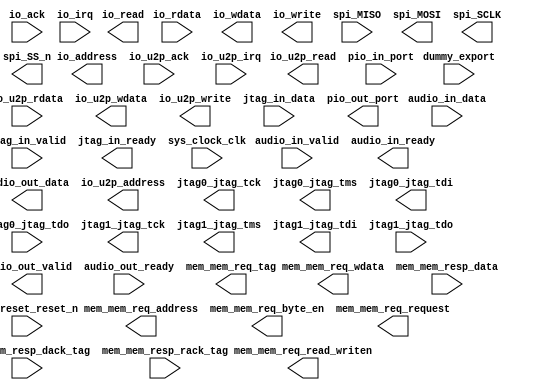
module nios_tester (
	audio_in_data,
	audio_in_valid,
	audio_in_ready,
	audio_out_data,
	audio_out_valid,
	audio_out_ready,
	dummy_export,
	io_ack,
	io_rdata,
	io_read,
	io_wdata,
	io_write,
	io_address,
	io_irq,
	io_u2p_ack,
	io_u2p_rdata,
	io_u2p_read,
	io_u2p_wdata,
	io_u2p_write,
	io_u2p_address,
	io_u2p_irq,
	jtag0_jtag_tck,
	jtag0_jtag_tms,
	jtag0_jtag_tdi,
	jtag0_jtag_tdo,
	jtag1_jtag_tck,
	jtag1_jtag_tms,
	jtag1_jtag_tdi,
	jtag1_jtag_tdo,
	jtag_in_data,
	jtag_in_valid,
	jtag_in_ready,
	mem_mem_req_address,
	mem_mem_req_byte_en,
	mem_mem_req_read_writen,
	mem_mem_req_request,
	mem_mem_req_tag,
	mem_mem_req_wdata,
	mem_mem_resp_dack_tag,
	mem_mem_resp_data,
	mem_mem_resp_rack_tag,
	pio_in_port,
	pio_out_port,
	spi_MISO,
	spi_MOSI,
	spi_SCLK,
	spi_SS_n,
	sys_clock_clk,
	sys_reset_reset_n);	

	input	[31:0]	audio_in_data;
	input		audio_in_valid;
	output		audio_in_ready;
	output	[31:0]	audio_out_data;
	output		audio_out_valid;
	input		audio_out_ready;
	input		dummy_export;
	input		io_ack;
	input	[7:0]	io_rdata;
	output		io_read;
	output	[7:0]	io_wdata;
	output		io_write;
	output	[19:0]	io_address;
	input		io_irq;
	input		io_u2p_ack;
	input	[7:0]	io_u2p_rdata;
	output		io_u2p_read;
	output	[7:0]	io_u2p_wdata;
	output		io_u2p_write;
	output	[19:0]	io_u2p_address;
	input		io_u2p_irq;
	output		jtag0_jtag_tck;
	output		jtag0_jtag_tms;
	output		jtag0_jtag_tdi;
	input		jtag0_jtag_tdo;
	output		jtag1_jtag_tck;
	output		jtag1_jtag_tms;
	output		jtag1_jtag_tdi;
	input		jtag1_jtag_tdo;
	input	[7:0]	jtag_in_data;
	input		jtag_in_valid;
	output		jtag_in_ready;
	output	[25:0]	mem_mem_req_address;
	output	[3:0]	mem_mem_req_byte_en;
	output		mem_mem_req_read_writen;
	output		mem_mem_req_request;
	output	[7:0]	mem_mem_req_tag;
	output	[31:0]	mem_mem_req_wdata;
	input	[7:0]	mem_mem_resp_dack_tag;
	input	[31:0]	mem_mem_resp_data;
	input	[7:0]	mem_mem_resp_rack_tag;
	input	[31:0]	pio_in_port;
	output	[31:0]	pio_out_port;
	input		spi_MISO;
	output		spi_MOSI;
	output		spi_SCLK;
	output		spi_SS_n;
	input		sys_clock_clk;
	input		sys_reset_reset_n;
endmodule